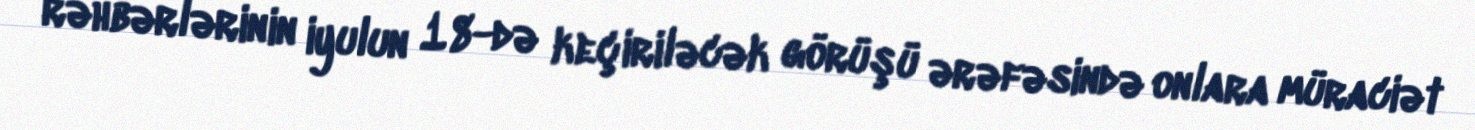
rəhbərlərinin iyulun 18-də keçiriləcək görüşü ərəfəsində onlara müraciət